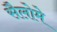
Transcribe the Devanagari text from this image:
सैलोमे